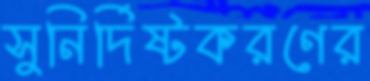
সুনির্দিষ্টকরণের